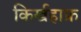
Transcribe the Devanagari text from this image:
किर्खहाफ्र